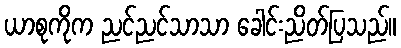
ယာစုကိုက ညင်ညင်သာသာ ခေါင်းညိတ်ပြသည်။